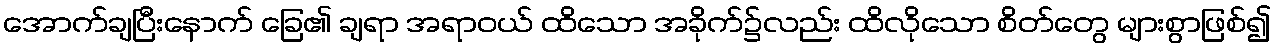
အောက်ချပြီးနောက် ခြေ၏ ချရာ အရာဝယ် ထိသော အခိုက်၌လည်း ထိလိုသော စိတ်တွေ များစွာဖြစ်၍